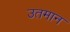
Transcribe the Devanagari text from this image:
उतमान